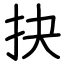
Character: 抉